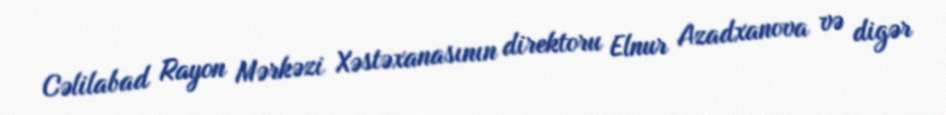
Cəlilabad Rayon Mərkəzi Xəstəxanasının direktoru Elnur Azadxanova və digər